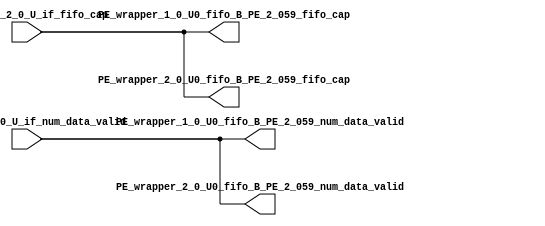
// ==================================================
// RTL generated by RapidStream
//
// Copyright 2024 RapidStream Design Automation, Inc.
// All Rights Reserved.
// ==================================================
`timescale 1 ns / 1 ps
module __rs_kernel3_aux_split_aux_116 #(
    parameter C_S_AXI_CONTROL_DATA_WIDTH  = 32,
    parameter C_S_AXI_CONTROL_ADDR_WIDTH  = 6,
    parameter C_S_AXI_DATA_WIDTH          = 32,
    parameter C_M_AXI_GMEM_A_ID_WIDTH     = 1,
    parameter C_M_AXI_GMEM_A_ADDR_WIDTH   = 64,
    parameter C_M_AXI_GMEM_A_DATA_WIDTH   = 512,
    parameter C_M_AXI_GMEM_A_AWUSER_WIDTH = 1,
    parameter C_M_AXI_GMEM_A_ARUSER_WIDTH = 1,
    parameter C_M_AXI_GMEM_A_WUSER_WIDTH  = 1,
    parameter C_M_AXI_GMEM_A_RUSER_WIDTH  = 1,
    parameter C_M_AXI_GMEM_A_BUSER_WIDTH  = 1,
    parameter C_M_AXI_GMEM_A_USER_VALUE   = 0,
    parameter C_M_AXI_GMEM_A_PROT_VALUE   = 0,
    parameter C_M_AXI_GMEM_A_CACHE_VALUE  = 3,
    parameter C_M_AXI_DATA_WIDTH          = 32,
    parameter C_M_AXI_GMEM_B_ID_WIDTH     = 1,
    parameter C_M_AXI_GMEM_B_ADDR_WIDTH   = 64,
    parameter C_M_AXI_GMEM_B_DATA_WIDTH   = 512,
    parameter C_M_AXI_GMEM_B_AWUSER_WIDTH = 1,
    parameter C_M_AXI_GMEM_B_ARUSER_WIDTH = 1,
    parameter C_M_AXI_GMEM_B_WUSER_WIDTH  = 1,
    parameter C_M_AXI_GMEM_B_RUSER_WIDTH  = 1,
    parameter C_M_AXI_GMEM_B_BUSER_WIDTH  = 1,
    parameter C_M_AXI_GMEM_B_USER_VALUE   = 0,
    parameter C_M_AXI_GMEM_B_PROT_VALUE   = 0,
    parameter C_M_AXI_GMEM_B_CACHE_VALUE  = 3,
    parameter C_M_AXI_GMEM_C_ID_WIDTH     = 1,
    parameter C_M_AXI_GMEM_C_ADDR_WIDTH   = 64,
    parameter C_M_AXI_GMEM_C_DATA_WIDTH   = 512,
    parameter C_M_AXI_GMEM_C_AWUSER_WIDTH = 1,
    parameter C_M_AXI_GMEM_C_ARUSER_WIDTH = 1,
    parameter C_M_AXI_GMEM_C_WUSER_WIDTH  = 1,
    parameter C_M_AXI_GMEM_C_RUSER_WIDTH  = 1,
    parameter C_M_AXI_GMEM_C_BUSER_WIDTH  = 1,
    parameter C_M_AXI_GMEM_C_USER_VALUE   = 0,
    parameter C_M_AXI_GMEM_C_PROT_VALUE   = 0,
    parameter C_M_AXI_GMEM_C_CACHE_VALUE  = 3,
    parameter C_S_AXI_CONTROL_WSTRB_WIDTH = 4,
    parameter C_S_AXI_WSTRB_WIDTH         = 4,
    parameter C_M_AXI_GMEM_A_WSTRB_WIDTH  = 64,
    parameter C_M_AXI_WSTRB_WIDTH         = 4,
    parameter C_M_AXI_GMEM_B_WSTRB_WIDTH  = 64,
    parameter C_M_AXI_GMEM_C_WSTRB_WIDTH  = 64
) (
    output wire [1:0] PE_wrapper_1_0_U0_fifo_B_PE_2_059_fifo_cap,
    output wire [1:0] PE_wrapper_1_0_U0_fifo_B_PE_2_059_num_data_valid,
    output wire [1:0] PE_wrapper_2_0_U0_fifo_B_PE_2_059_fifo_cap,
    output wire [1:0] PE_wrapper_2_0_U0_fifo_B_PE_2_059_num_data_valid,
    input wire  [1:0] fifo_B_PE_2_0_U_if_fifo_cap,
    input wire  [1:0] fifo_B_PE_2_0_U_if_num_data_valid
);
assign PE_wrapper_1_0_U0_fifo_B_PE_2_059_fifo_cap = fifo_B_PE_2_0_U_if_fifo_cap;
assign PE_wrapper_1_0_U0_fifo_B_PE_2_059_num_data_valid = fifo_B_PE_2_0_U_if_num_data_valid;
assign PE_wrapper_2_0_U0_fifo_B_PE_2_059_fifo_cap = fifo_B_PE_2_0_U_if_fifo_cap;
assign PE_wrapper_2_0_U0_fifo_B_PE_2_059_num_data_valid = fifo_B_PE_2_0_U_if_num_data_valid;
endmodule